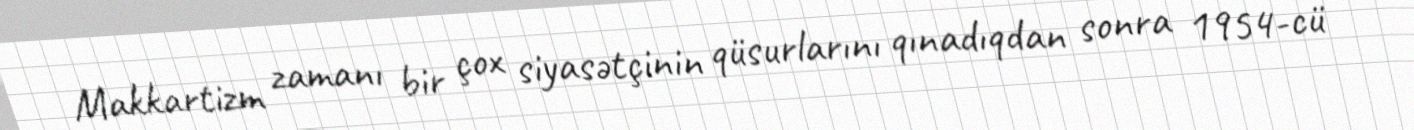
Makkartizm zamanı bir çox siyasətçinin qüsurlarını qınadıqdan sonra 1954-cü